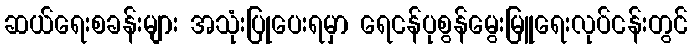
ဆယ်ရေးစခန်းများ အသုံးပြုပေးရမှာ ရေငန်ပုစွန်မွေးမြူရေးလုပ်ငန်းတွင်